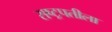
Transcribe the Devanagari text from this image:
राष्ट्रपतीला